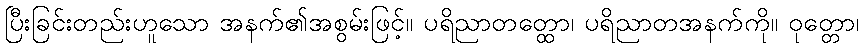
ပြီးခြင်းတည်းဟူသော အနက်၏အစွမ်းဖြင့်။ ပရိညာတတ္ထော၊ ပရိညာတအနက်ကို။ ဝုတ္တော၊